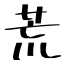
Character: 荒